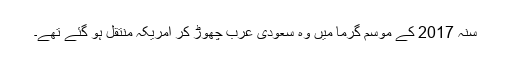
سنہ 2017 کے موسم گرما میں وہ سعودی عرب چھوڑ کر امریکہ منتقل ہو گئے تھے۔